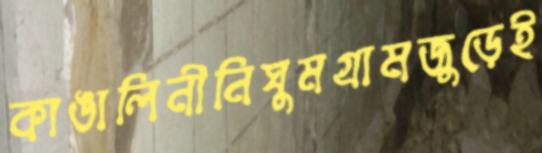
কাঙালিনীনিঘুমগ্রামজুড়েই